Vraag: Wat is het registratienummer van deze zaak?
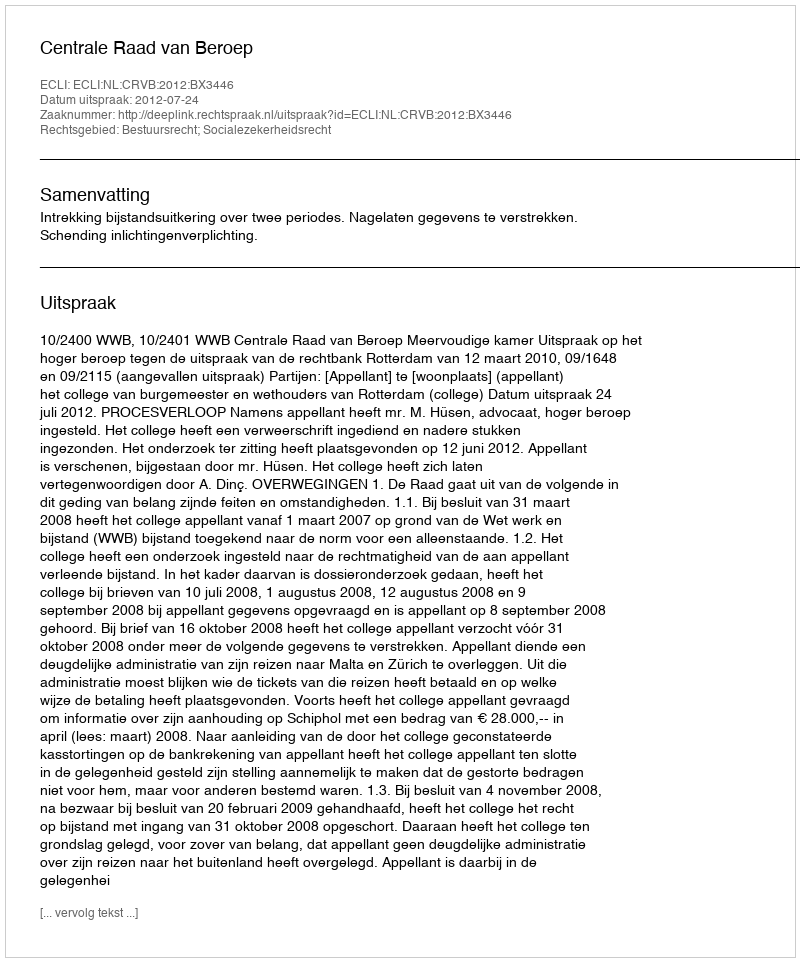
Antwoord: http://deeplink.rechtspraak.nl/uitspraak?id=ECLI:NL:CRVB:2012:BX3446